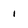
Character: 1